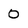
Character: 0